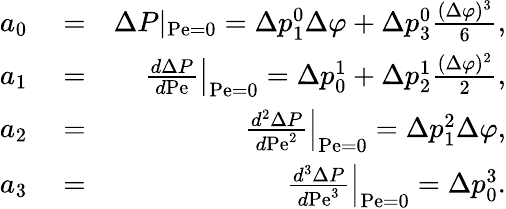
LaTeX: \begin{array}{rlr}{a_{0}}&{{}=}&{\Delta P|_{\mathrm{Pe}=0}=\Delta p_{1}^{0}\Delta\varphi+\Delta p_{3}^{0}\frac{(\Delta\varphi)^{3}}{6},}\\ {a_{1}}&{{}=}&{\left.\frac{d\Delta P}{d\mathrm{Pe}}\right|_{\mathrm{Pe}=0}=\Delta p_{0}^{1}+\Delta p_{2}^{1}\frac{(\Delta\varphi)^{2}}{2},}\\ {a_{2}}&{{}=}&{\left.\frac{d^{2}\Delta P}{d\mathrm{Pe}^{2}}\right|_{\mathrm{Pe}=0}=\Delta p_{1}^{2}\Delta\varphi,}\\ {a_{3}}&{{}=}&{\left.\frac{d^{3}\Delta P}{d\mathrm{Pe}^{3}}\right|_{\mathrm{Pe}=0}=\Delta p_{0}^{3}.}\end{array}